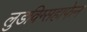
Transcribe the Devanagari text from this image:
लुडविग्सहाफेन